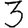
Digit: 3